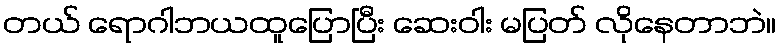
တယ် ရောဂါဘယထူပြောပြီး ဆေးဝါး မပြတ် လိုနေတာဘဲ။